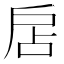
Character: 扂